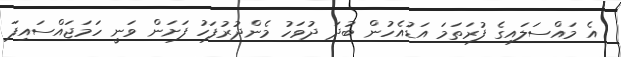
އެ މައްސަލައިގެ ފުރަތަމަ އަޑުއެހުން ބުދަ ދުވަހު މެންދުރުފަހު ފަށަން ވަނީ ހަމަޖައްސައިފަ